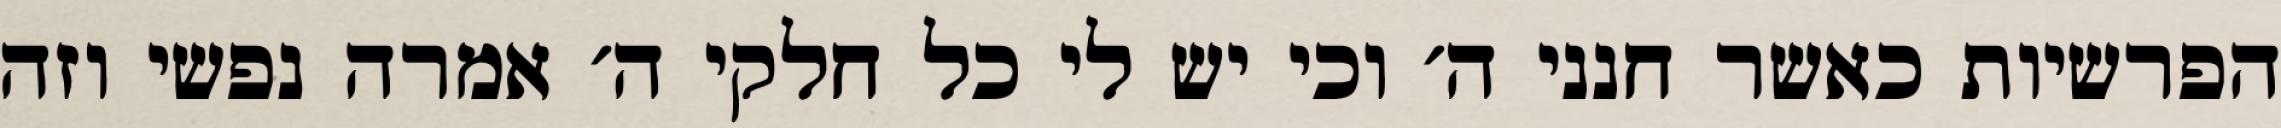
הפרשיות כאשר חנני ה׳ וכי יש לי כל חלקי ה׳ אמרה נפשי וזה